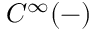
C ^ { \infty } ( - )